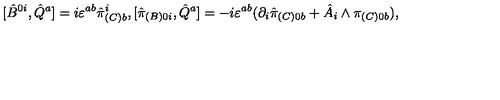
[ \hat { B } ^ { 0 i } , \hat { Q } ^ { a } ] = i \varepsilon ^ { a b } \hat { \pi } _ { ( C ) b } ^ { i } , [ \hat { \pi } _ { ( B ) 0 i } , \hat { Q } ^ { a } ] = - i \varepsilon ^ { a b } ( \partial _ { i } \hat { \pi } _ { ( C ) 0 b } + \hat { A } _ { i } \wedge \pi _ { ( C ) 0 b } ) ,